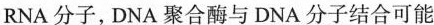
RNA分子，DNA聚合酶与DNA分子结合可能